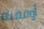
أوقفته